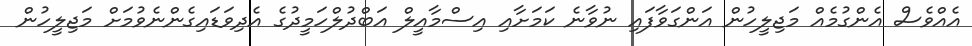
އެއްވެސް އެންގުމެއް މަޖިލީހުން އަންގަވާފައި ނުވާނެ ކަމަށާއި އިސްމާއީލް އަބްދުލްހަމީދުގެ އެދިވަޑައިގެންނެވުމަށް މަޖިލީހުން